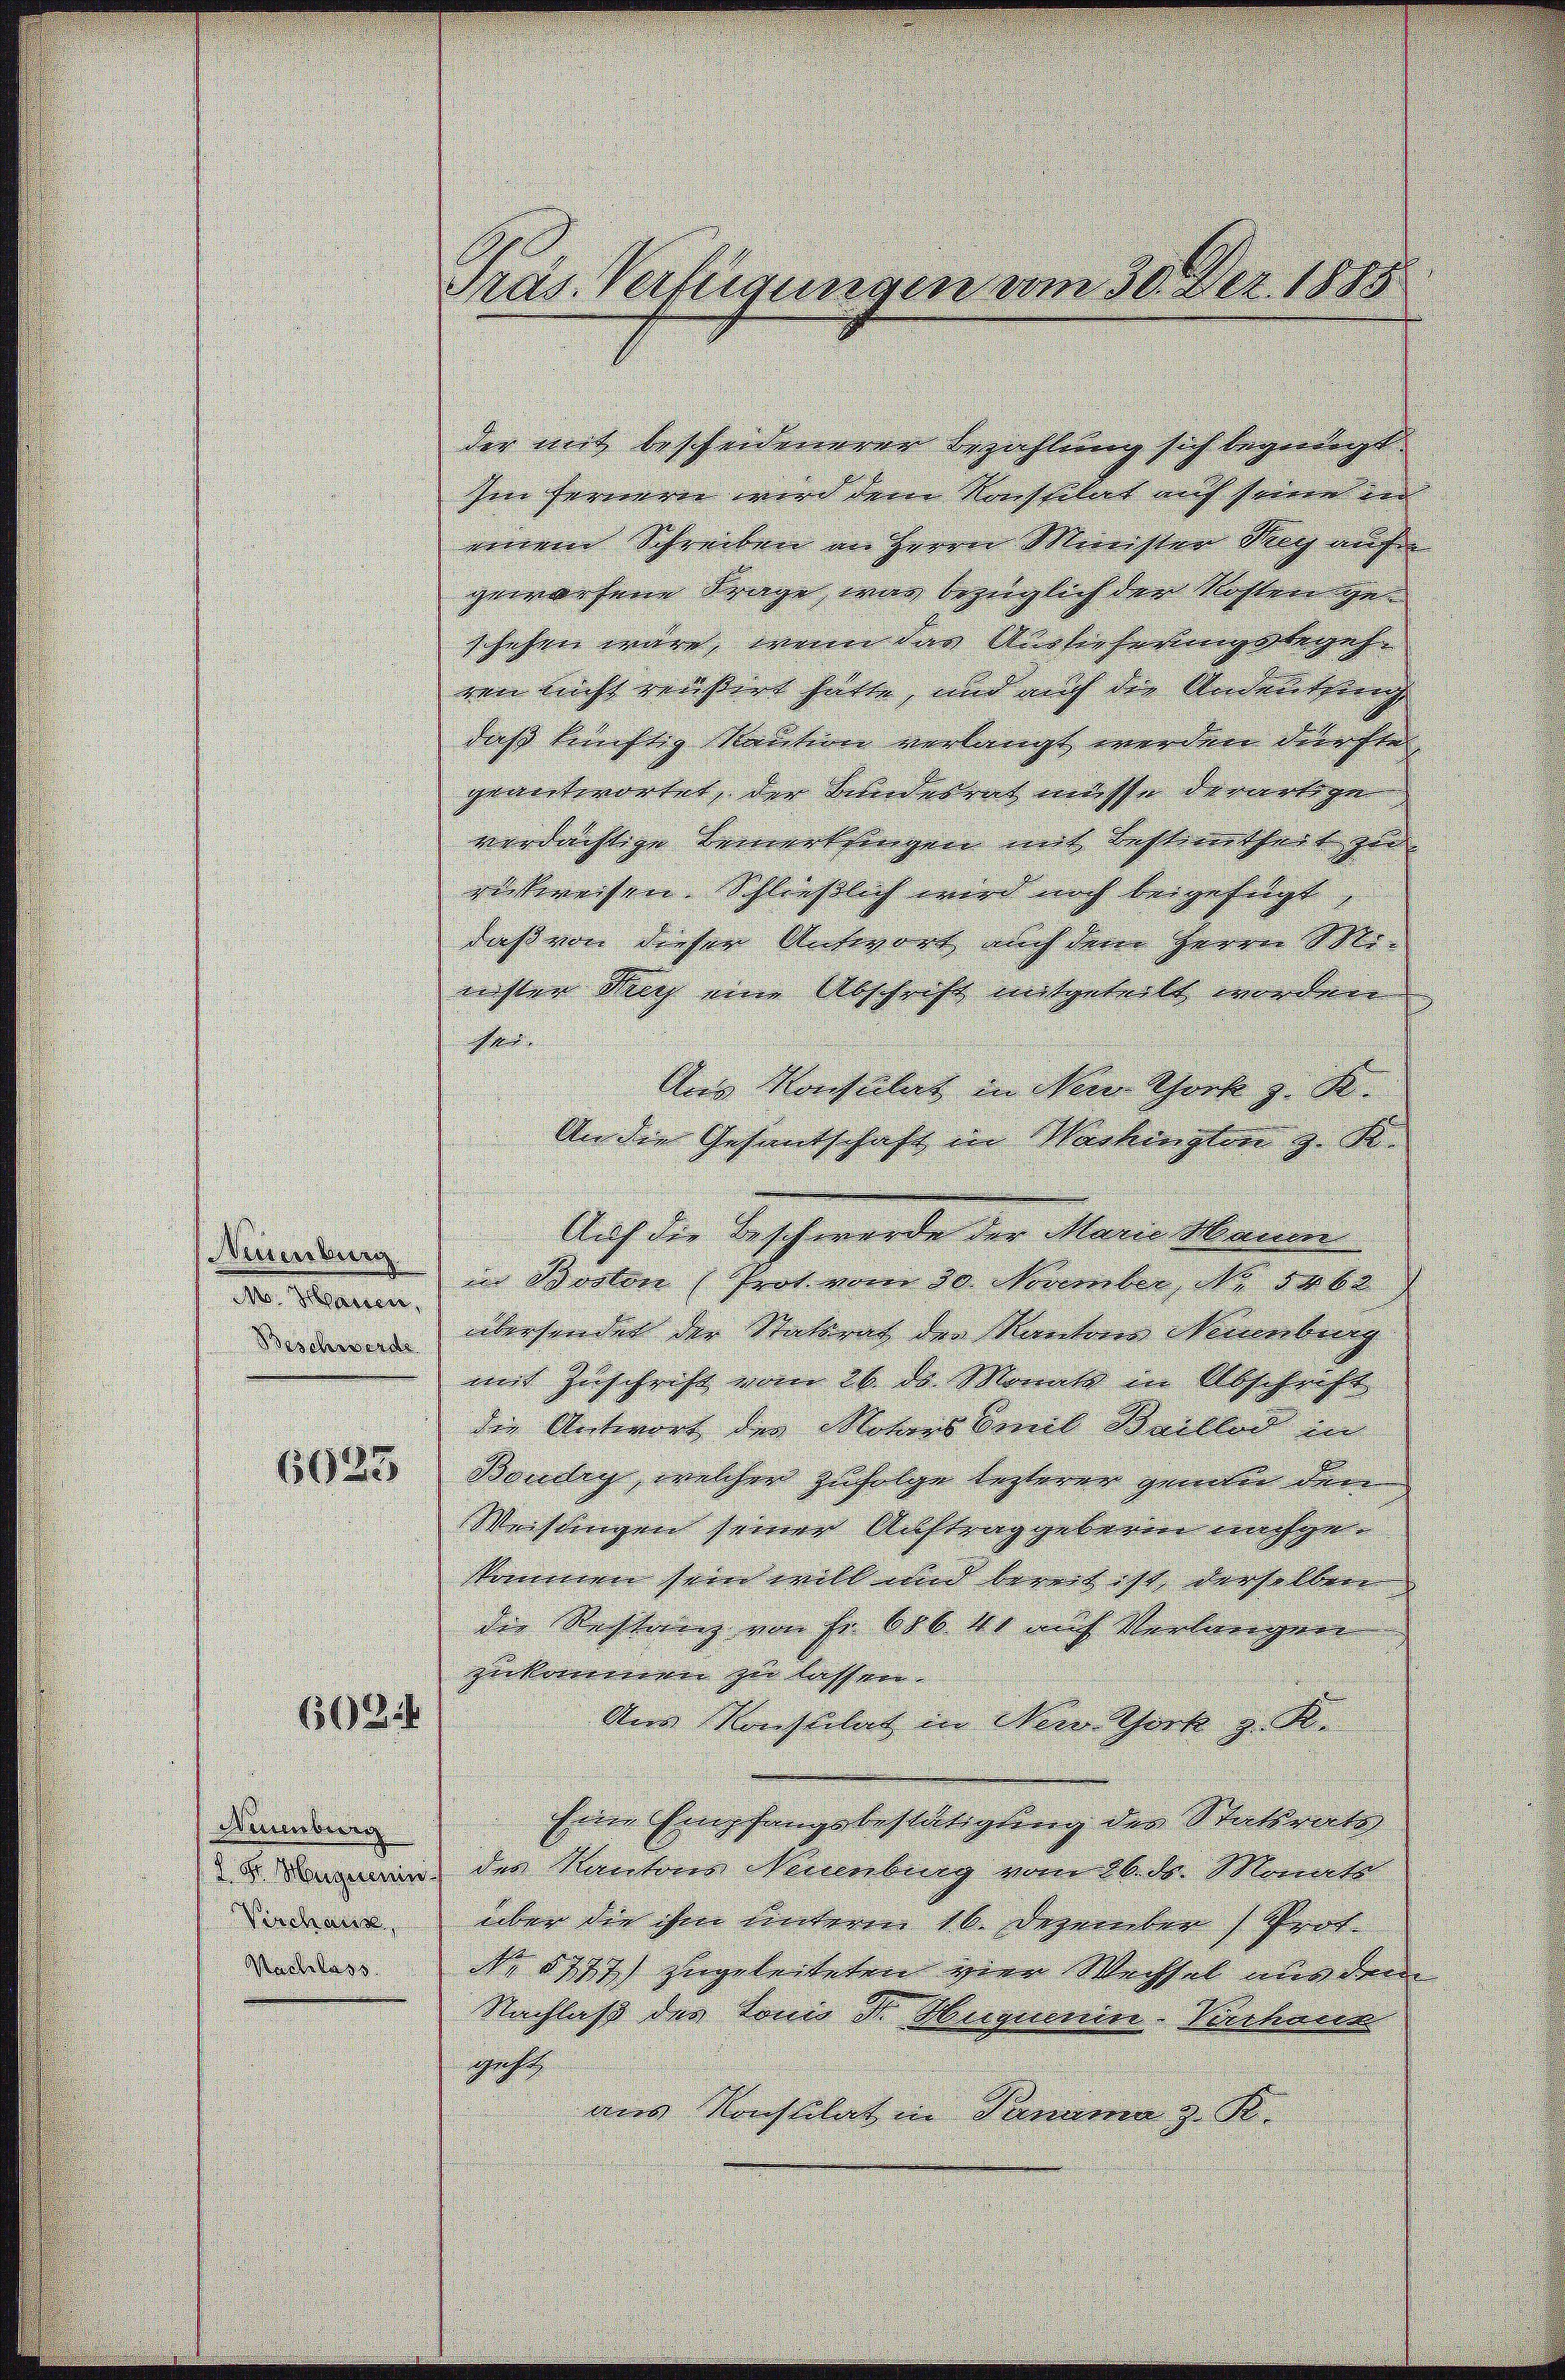
der mit bescheidenerer Bezahlung sich begendent
he Formeren wird der Konstitut noch seinen und |
meine Schreiben im Herren Meisten Weg auf
gemachene Frage war bezüglich den Richter geschafen wäre, meine der Unbeseitigetrach- |
nun nicht gerichtert hätte, und auch der Andertherig
daß künftig Kaution verlangt werden durchte |
gewantwortet, den Kinderent masse derartige
verdächtige Bemerksteigen mit Besterertheil zu |
rückweisen Schließlich wird noch beigefügt, |
daß von diesen Antwort auch dem Herrn Ver- |
nichten Mach eine Abschrift mitgeteilt worden.
t
Ang Konsulas in Neue Thork z. B.
An die Gesandtschaft in Wackengten z. B.
Auf die Beschwerde der Marie Kammen
Neuenburg
in Posten (Prot vom 30 November 1880. 60
Den Namen
dendern erhander die Stattung der Mantern Verwerbung
mit Zuschrift vom 26. de Monate in Abschrift
der Antwort der Mones komt Snellen in
22 Bandig, welcher zufolge lezteren genüber den
Mechlingen seinen Auftrag gebenen nachgekommen sein will und bereit ist derselben |
der Rechtung von Fr. 606 40 auf Verlangen
quekommenen zu lassen. |
602
Am Konsulat in New York z. K.
Eine Empfangsbestätigung der Statrats
Naumbung
 Momen den Kantonen Neuenburg eine dat. Mariat
diedauer, über die ihrer Breiteren 16. deperaten Per
dder de sich angeleiteten gern Messel oder der
Nachlaß der Toni S. Vuignorin Verhan
gef
ans Konstilat in Parama z. B.

Tras. Verfügungen vom 30. Der. 1818.